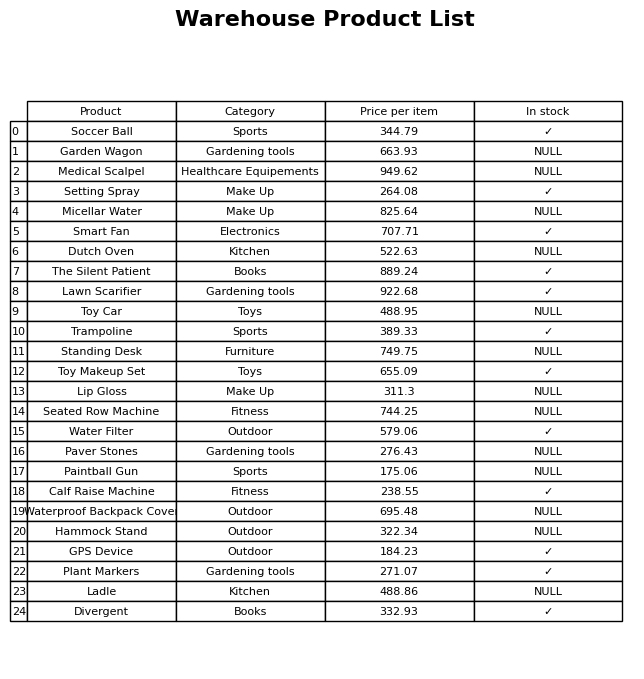
question: Which products are currently out of stock?
answer: Garden Wagon, Medical Scalpel, Micellar Water, Dutch Oven, Toy Car, Standing Desk, Lip Gloss, Seated Row Machine, Paver Stones, Paintball Gun, Waterproof Backpack Cover, Hammock Stand, Ladle